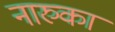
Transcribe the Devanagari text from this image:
नारुका